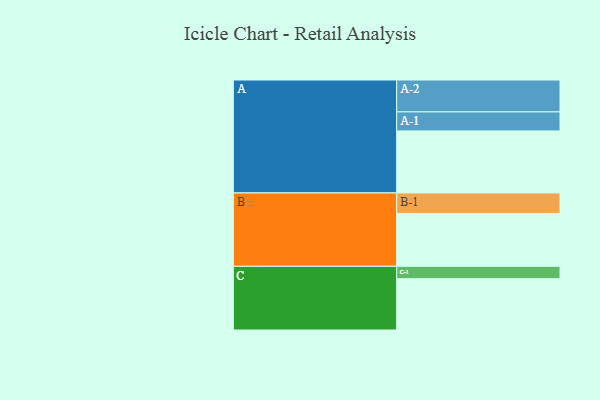
{"axis": {"x": "Segment", "y": "Value"}, "legend": ["", "A", "B", "C"], "data": [{"x": "A", "y": 511, "type": ""}, {"x": "B", "y": 436, "type": ""}, {"x": "C", "y": 423, "type": ""}, {"x": "A-1", "y": 157, "type": "A"}, {"x": "A-2", "y": 263, "type": "A"}, {"x": "B-1", "y": 169, "type": "B"}, {"x": "C-1", "y": 102, "type": "C"}]}